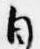
自